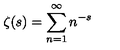
\zeta ( s ) = \sum _ { n = 1 } ^ { \infty } n ^ { - s }